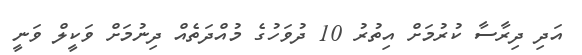
އަދި ދިރާސާ ކުރުމަށް އިތުރު 10 ދުވަހުގެ މުއްދަތެއް ދިނުމަށް ވަކީލް ވަނީ